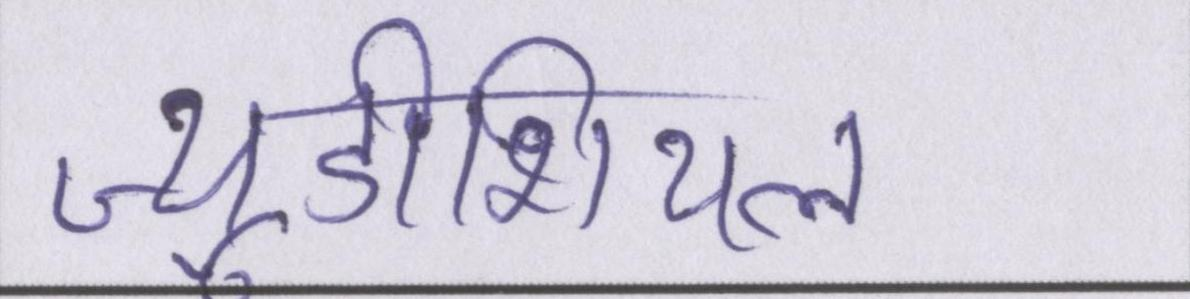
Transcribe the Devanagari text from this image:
ज्यूडीशियल